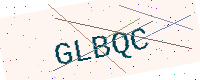
Text: GLBQC